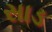
સાડ